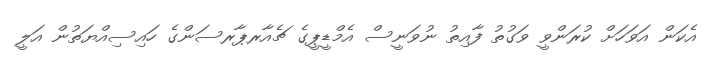
އެކަން އަވަހަށް ކުރަންވީ ވަގުތު ފާއިތު ނުވަނީސް އެމްޑީޕީގެ ޗެއާރޕާރސަންގެ ހައިސިއްޔަތުން އަލީ